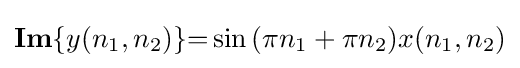
\mathbf {Im} \lbrace y(n_{1},n_{2})\rbrace {=}\sin {(\pi n_{1}+\pi n_{2})}x(n_{1},n_{2})